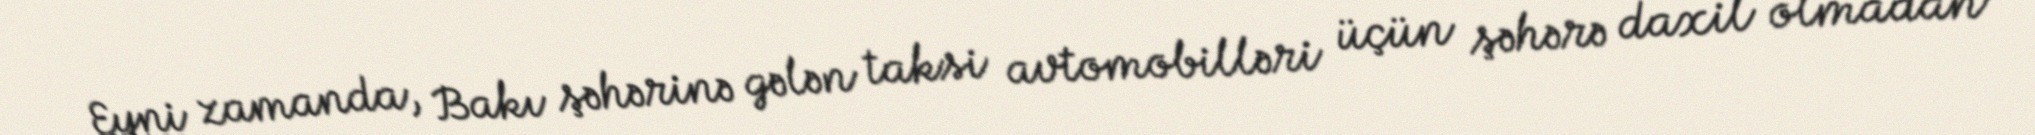
Eyni zamanda, Bakı şəhərinə gələn taksi avtomobilləri üçün şəhərə daxil olmadan